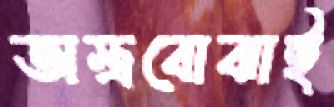
অস্ত্রবোঝাই